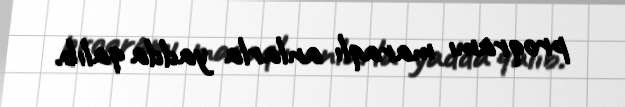
proqramı maraqlı anlarla yadda qalıb.